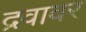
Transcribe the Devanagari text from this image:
द्रवावर